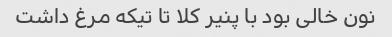
نون خالی بود با پنیر کلا تا تیکه مرغ داشت